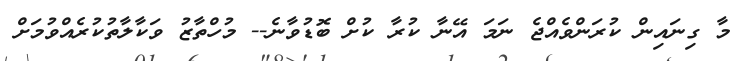
މާ ގިނައިން ކުރަންވެއްޖެ ނަމަ އޭނާ ކުރާ ކުށް ބޮޑުވާނެ-- މުހްތާޒު ވަކާލާތުކުރެއްވުމަށް